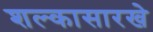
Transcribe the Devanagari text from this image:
शल्कासारखे